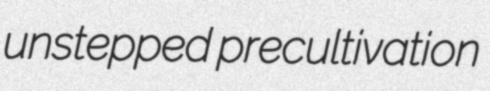
unstepped precultivation